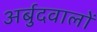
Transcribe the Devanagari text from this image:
अर्बुदवालों